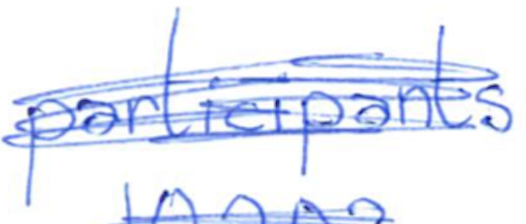
Text: participants
Cross-out: scratch
Writing tool: ballpoint